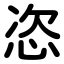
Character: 恣